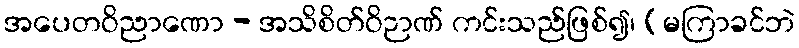
အပေတဝိညာဏော - အသိစိတ်ဝိဉာဏ် ကင်းသည်ဖြစ်၍၊ (မကြာခင်ဘဲ